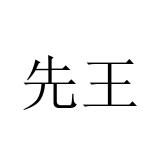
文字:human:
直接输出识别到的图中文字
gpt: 先王